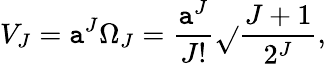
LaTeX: V_{J}=\mathtt{a}^{J}\Omega_{J}={\frac{{\mathtt{a}^{J}}}{{J!}}}\sqrt{}{{\frac{{J+1}}{{2^{J}}}}},